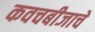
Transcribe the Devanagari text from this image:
कवचबीजाचे